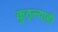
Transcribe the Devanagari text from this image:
कुठ्ल्याही